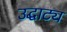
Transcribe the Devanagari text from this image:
उद्घाट्य